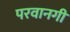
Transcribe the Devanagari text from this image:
परवानगी